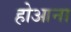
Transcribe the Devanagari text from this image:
होआना